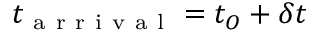
t _ { \mathrm { ~ a ~ r ~ r ~ i ~ v ~ a ~ l ~ } } = t _ { O } + \delta t